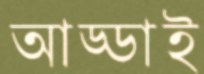
আড্ডাই